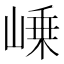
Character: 𡹴